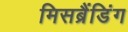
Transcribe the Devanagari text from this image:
मिसब्रैंडिंग